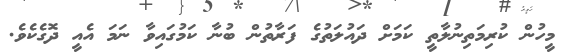
މީހުން ކުރިމަތިނުލާތީ ކަމަށް ދައުލަތުގެ ފަރާތުން ބުނާ ކަމުގައިވާ ނަމަ އެއީ ދޮގެކެވެ.